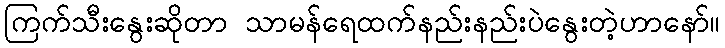
ကြက်သီးနွေးဆိုတာ သာမန်ရေထက်နည်းနည်းပဲနွေးတဲ့ဟာနော်။